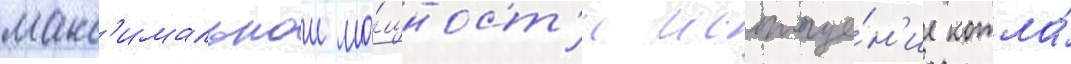
макс'имальнои мо́щност'и истоще́н'ие котла́